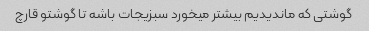
گوشتی که ماندیدیم بیشتر میخورد سبزیجات باشه تا گوشتو قارچ